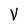
Character: V